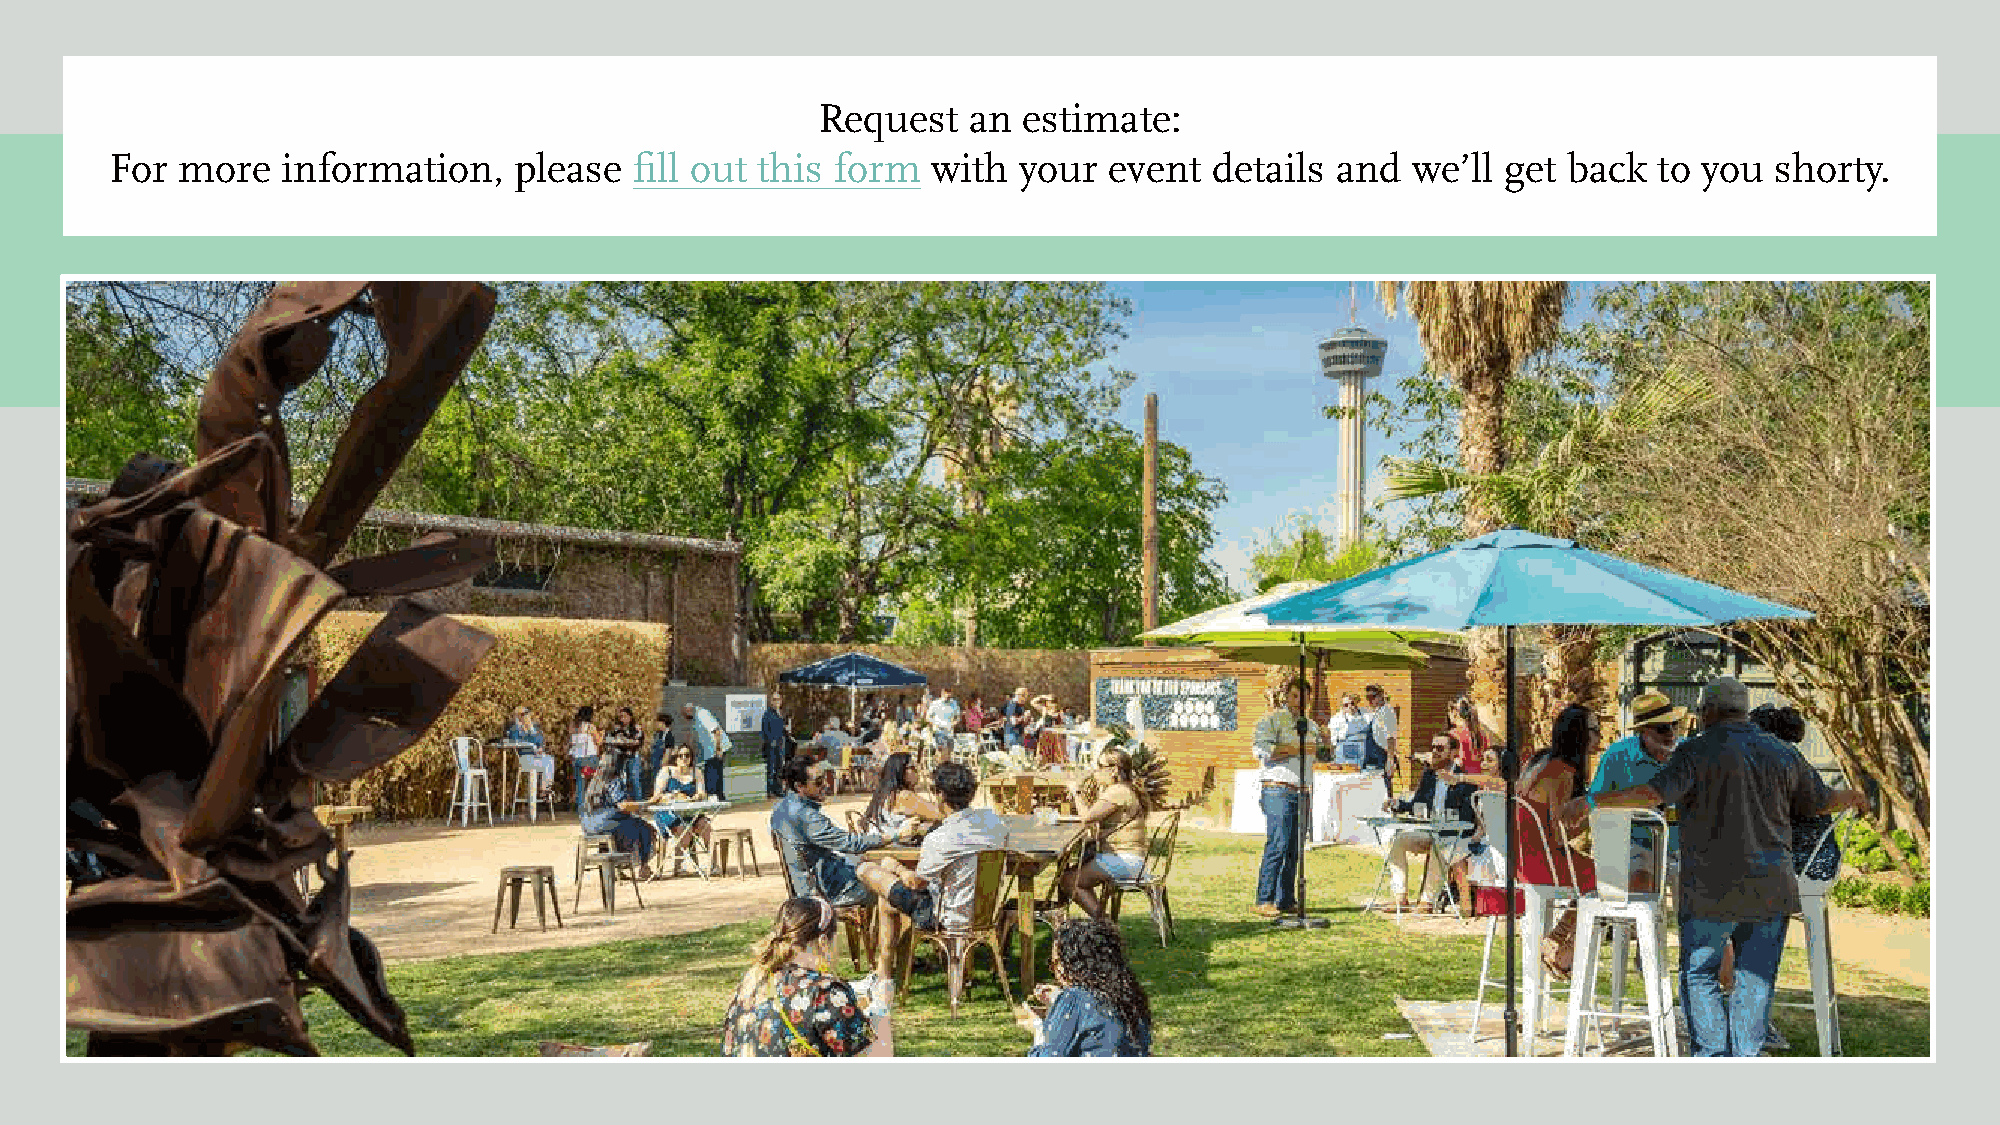
Request   an  estimate:
 For  more   information,   please  fill out this form  with your  event  details and  we’ll  get back  to you shorty.